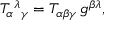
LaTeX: T _ { \alpha } { } ^ { \lambda } { } _ { \gamma } = T _ { \alpha \beta \gamma } \, g ^ { \beta \lambda } ,